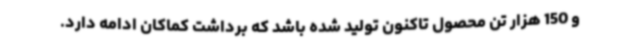
و 150 هزار تن محصول تاکنون تولید شده باشد که برداشت کماکان ادامه دارد.